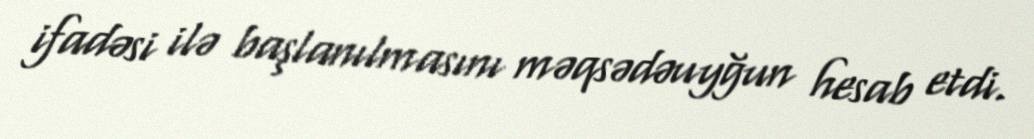
ifadəsi ilə başlanılmasını məqsədəuyğun hesab etdi.